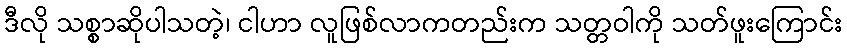
ဒီလို သစ္စာဆိုပါသတဲ့၊ ငါဟာ လူဖြစ်လာကတည်းက သတ္တဝါကို သတ်ဖူးကြောင်း